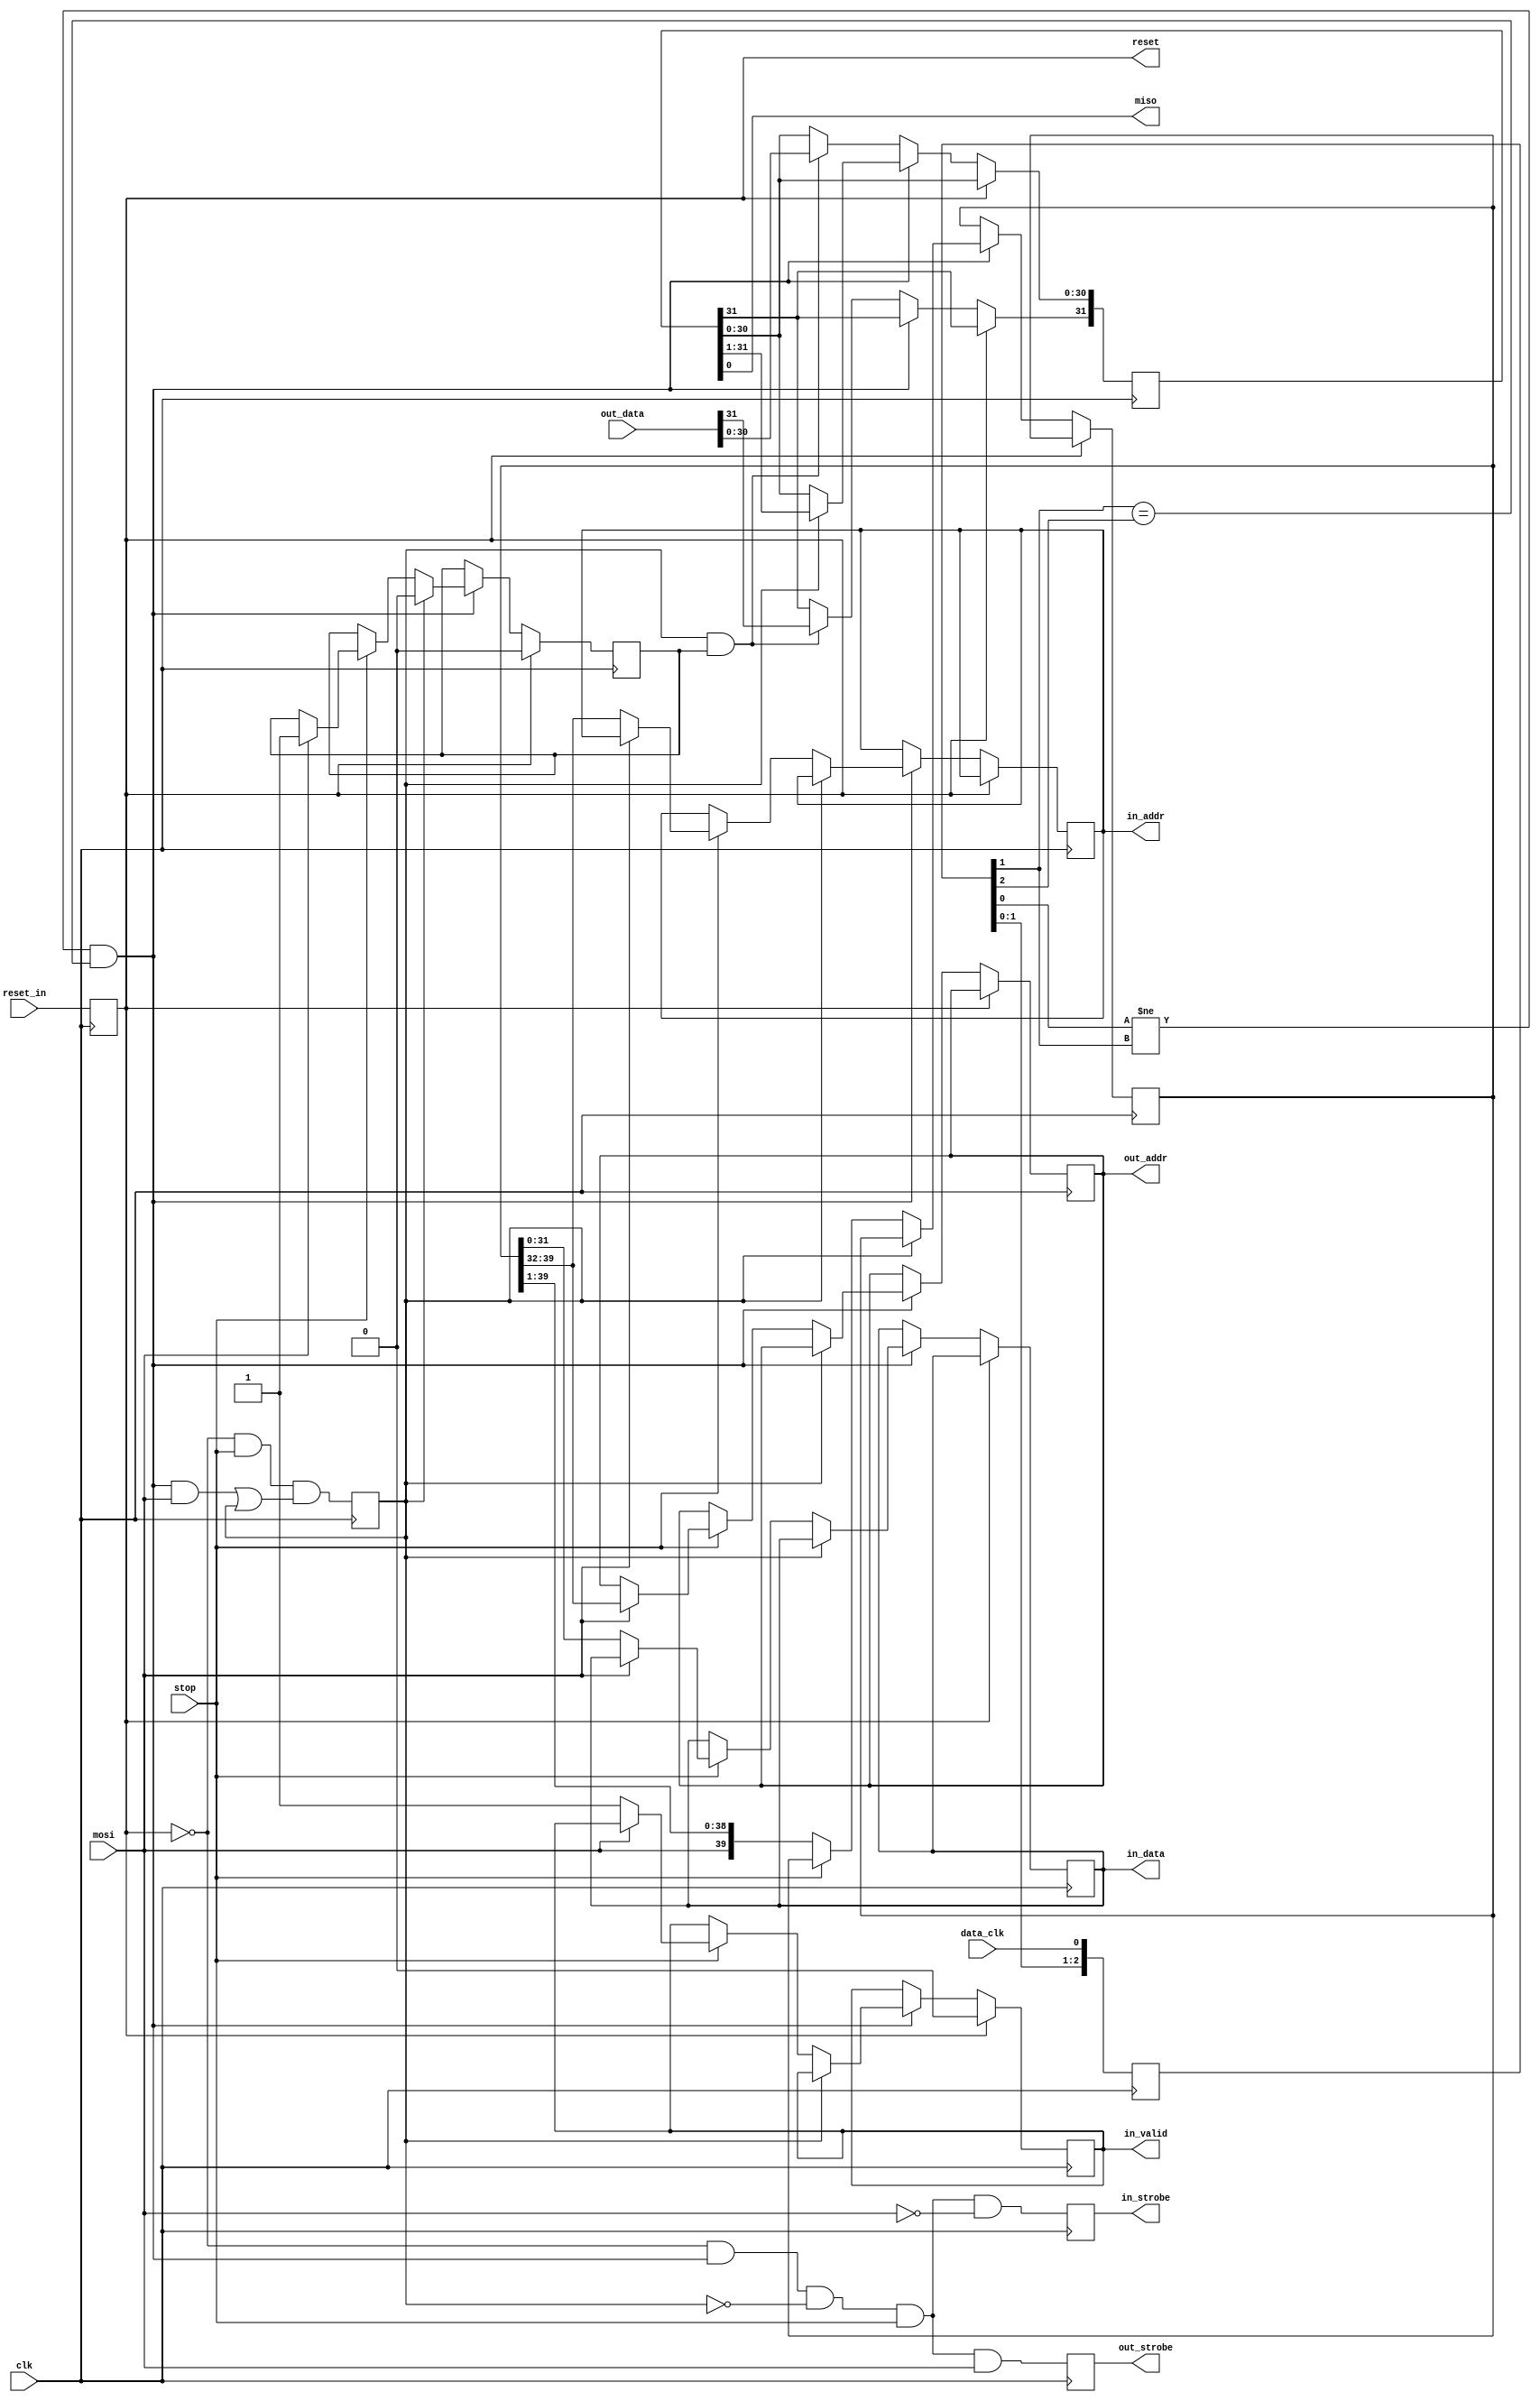
/*%
   Common communication interface of default firmwares
   Copyright (C) 2009-2017 ZTEX GmbH.
   http://www.ztex.de

   Copyright and related rights are licensed under the Solderpad Hardware
   License, Version 0.51 (the "License"); you may not use this file except
   in compliance with the License. You may obtain a copy of the License at
   
       http://solderpad.org/licenses/SHL-0.51.
       
   Unless required by applicable law or agreed to in writing, software, hardware
   and materials distributed under this License is distributed on an "AS IS"
   BASIS, WITHOUT WARRANTIES OR CONDITIONS OF ANY KIND, either express or
   implied. See the License for the specific language governing permissions
   and limitations under the License.
%*/
/* 
   Implements the low speed interferace of default firmwares.
   
   It allows easy-to-use low speed communication with a SRAM-like 
   interface (32 bit width, 8 bit address). For example it can be used
   to transfer things like settings and debug data.
*/  

module ezusb_lsi (
	// control signals
	input clk,			// system clock, minimum frequency is 24 MHz
	input reset_in,			// high-active asynchronous reset
	output reg reset = 1'b1,	// synchronous reset output
	// hardware pins
	input data_clk,			// data sent on both edges, LSB transmitted first
	input mosi,
	output miso,
	input stop,
	// interface
	output reg [7:0] in_addr,	// input address
	output reg [31:0] in_data,	// input data
	output reg in_strobe = 1'b0,	// 1 indicates new data received (1 for one cycle)
	output reg in_valid = 1'b0,	// 1 if date is valid
	output reg [7:0] out_addr,      // output address
	input [31:0] out_data,          // output data
	output reg out_strobe = 1'b0	// 1 indicates new data request (1 for one cycle)
    );
    
    reg [39:0] read_reg;
    reg [31:0] write_reg;
    reg [2:0] data_clk_buf;
    reg dir = 0;	// 0 : read
    reg do_write = 0;
    
    assign miso = write_reg[0];
    
//    wire data_clk_edge = ( (data_clk==data_clk_buf[0]) && (data_clk==data_clk_buf[1]) && (data_clk!=data_clk_buf[2]) );
    wire data_clk_edge = ( (data_clk_buf[0]!=data_clk_buf[1]) && (data_clk_buf[1]==data_clk_buf[2]) );

    
    always @ (posedge clk)
    begin
	reset <= reset_in;
	data_clk_buf <= { data_clk_buf[1:0], data_clk };
	in_strobe <= (!reset) && data_clk_edge && (!dir) && stop && (!mosi);
	out_strobe <= (!reset) && data_clk_edge && (!dir) && stop && mosi;
	dir <= (!reset) && stop && ((data_clk_edge && mosi) || dir);
	if ( reset ) 
	begin 
	    in_valid <= 1'b0;
	    do_write <= 1'b0;
	end else if ( data_clk_edge )
	begin
	    if ( !dir )  // read from fx3
	    begin
	        if ( stop )
	        begin
	    	    if ( mosi ) // last 8 bit contain write address
		    begin
//		        dir <= 1'b1;
		        out_addr <= read_reg[39:32];
		        do_write <= 1'b1;
		    end else 
		    begin
		        in_valid <= 1'b1;
		        in_addr <= read_reg[39:32];
		        in_data <= read_reg[31:0];
		    end
		end else
		begin
		    read_reg <= { mosi, read_reg[39:1] };
		end
	    end else  // write to fx3
	    begin
	        write_reg[30:0] <= write_reg[31:1];
	        do_write <= 1'b0;
//	        dir <= stop;
	    end
	end else if ( dir && do_write )
	begin
	    write_reg <= out_data;
	end
    end
endmodule